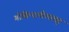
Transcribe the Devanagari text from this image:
गोविन्दलीलामृत